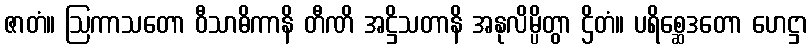
ဇာတံ။ ဩကာသတော ဝီသာဓိကာနိ တီဏိ အဋ္ဌိသတာနိ အနုလိမ္ပိတွာ ဌိတံ။ ပရိစ္ဆေဒတော ဟေဋ္ဌာ